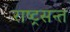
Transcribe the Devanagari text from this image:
राष्ट्रसन्त